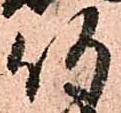
何